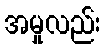
အမှုလည်း